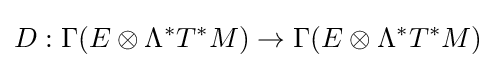
D:\Gamma (E\otimes \Lambda ^{*}T^{*}M)\rightarrow \Gamma (E\otimes \Lambda ^{*}T^{*}M)